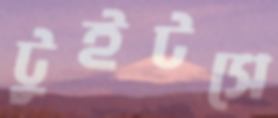
টুইটসে